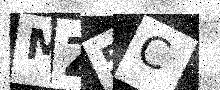
Text: MZ5C